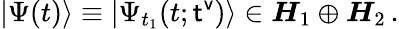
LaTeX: |\Psi(t)\rangle\equiv|\Psi_{t_{1}}(t;{\sf t^{v}})\rangle\in\boldsymbol{H}_{1}\oplus\boldsymbol{H}_{2}\, .